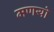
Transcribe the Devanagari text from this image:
मणयो